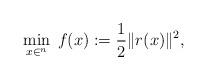
LaTeX: \begin{align*} \min_{x \in \real^n} \; f(x) := \frac{1}{2}\|r(x)\|^2,\end{align*}